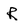
Character: R